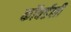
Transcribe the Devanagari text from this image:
कॉवर्डली